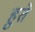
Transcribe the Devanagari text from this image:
हुते